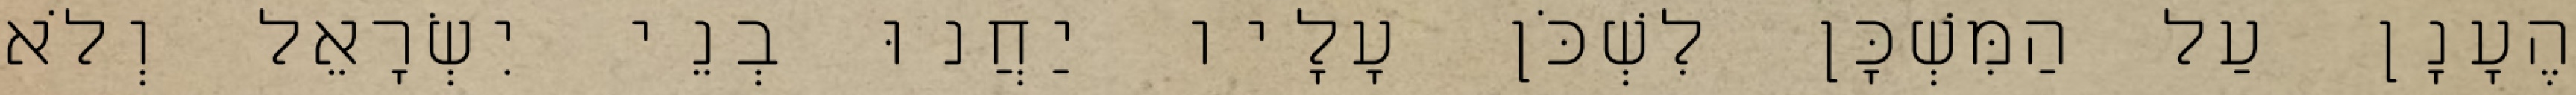
הֶעָנָן עַל הַמִּשְׁכָּן לִשְׁכֹּן עָלָיו יַחֲנוּ בְנֵי יִשְׂרָאֵל וְלֹא